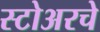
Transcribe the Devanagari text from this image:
स्टोअरचे